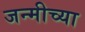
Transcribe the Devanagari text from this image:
जन्मीच्या